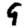
Digit: 9